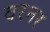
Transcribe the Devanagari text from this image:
वरनर